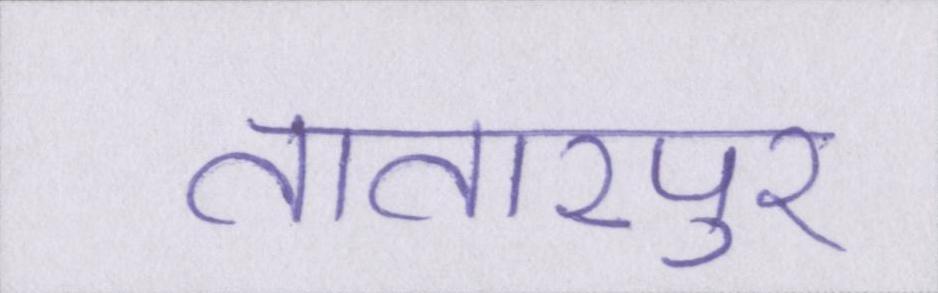
तातारपुर